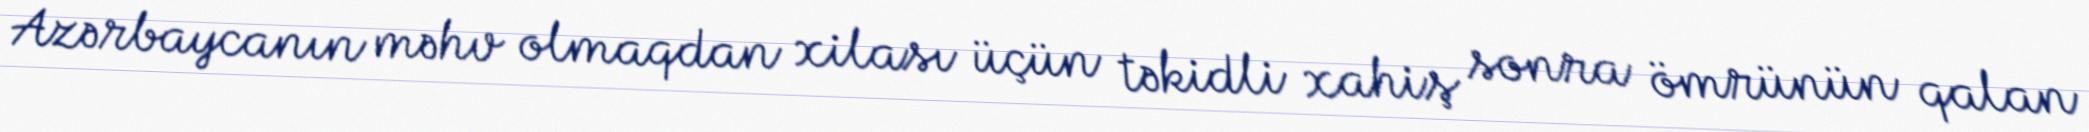
Azərbaycanın məhv olmaqdan xilası üçün təkidli xahiş sonra ömrünün qalan